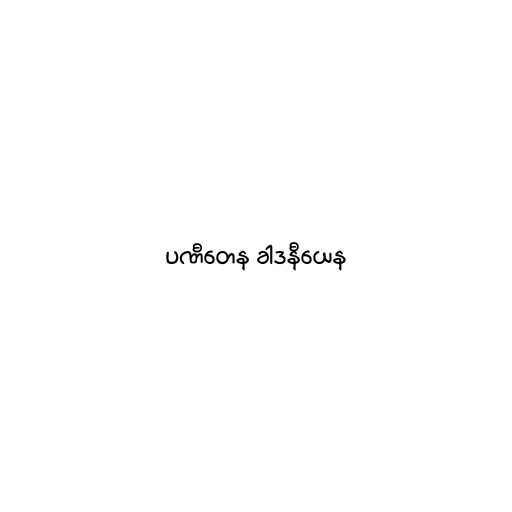
ပဏီတေန ခါဒနီယေန